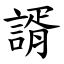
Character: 諝